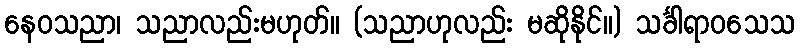
နေဝသညာ၊ သညာလည်းမဟုတ်။ (သညာဟုလည်း မဆိုနိုင်။) သင်္ခါရာဝသေသ